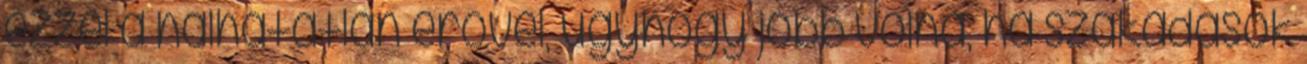
ezzel a halhatatlan erővel, úgyhogy jobb volna, ha szakadások